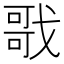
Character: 戨